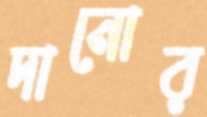
দানোর